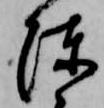
陳